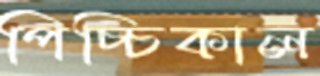
পিচ্চিকাল